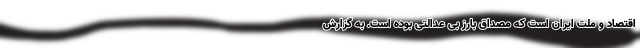
اقتصاد و ملت ایران است که مصداق بارز بی عدالتی بوده است. به گزارش